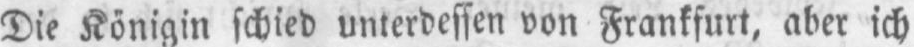
Die Königin schied unterdessen von Frankfurt, aber ich